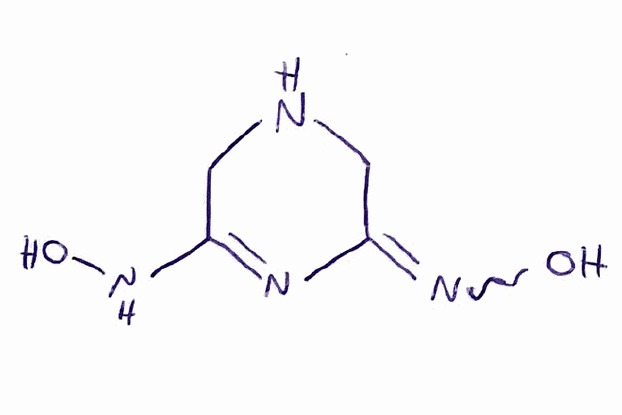
Simplified molecular-input line-entry system (SMILES) notation of the given molecule:
C1C(=NC(=NO)CN1)NO